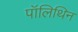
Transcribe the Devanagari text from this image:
पॉलिथिन